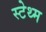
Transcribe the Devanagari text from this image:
स्टेथ्म